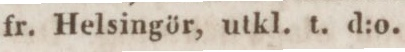
fr. Helsingör, utkl. t. d:o.